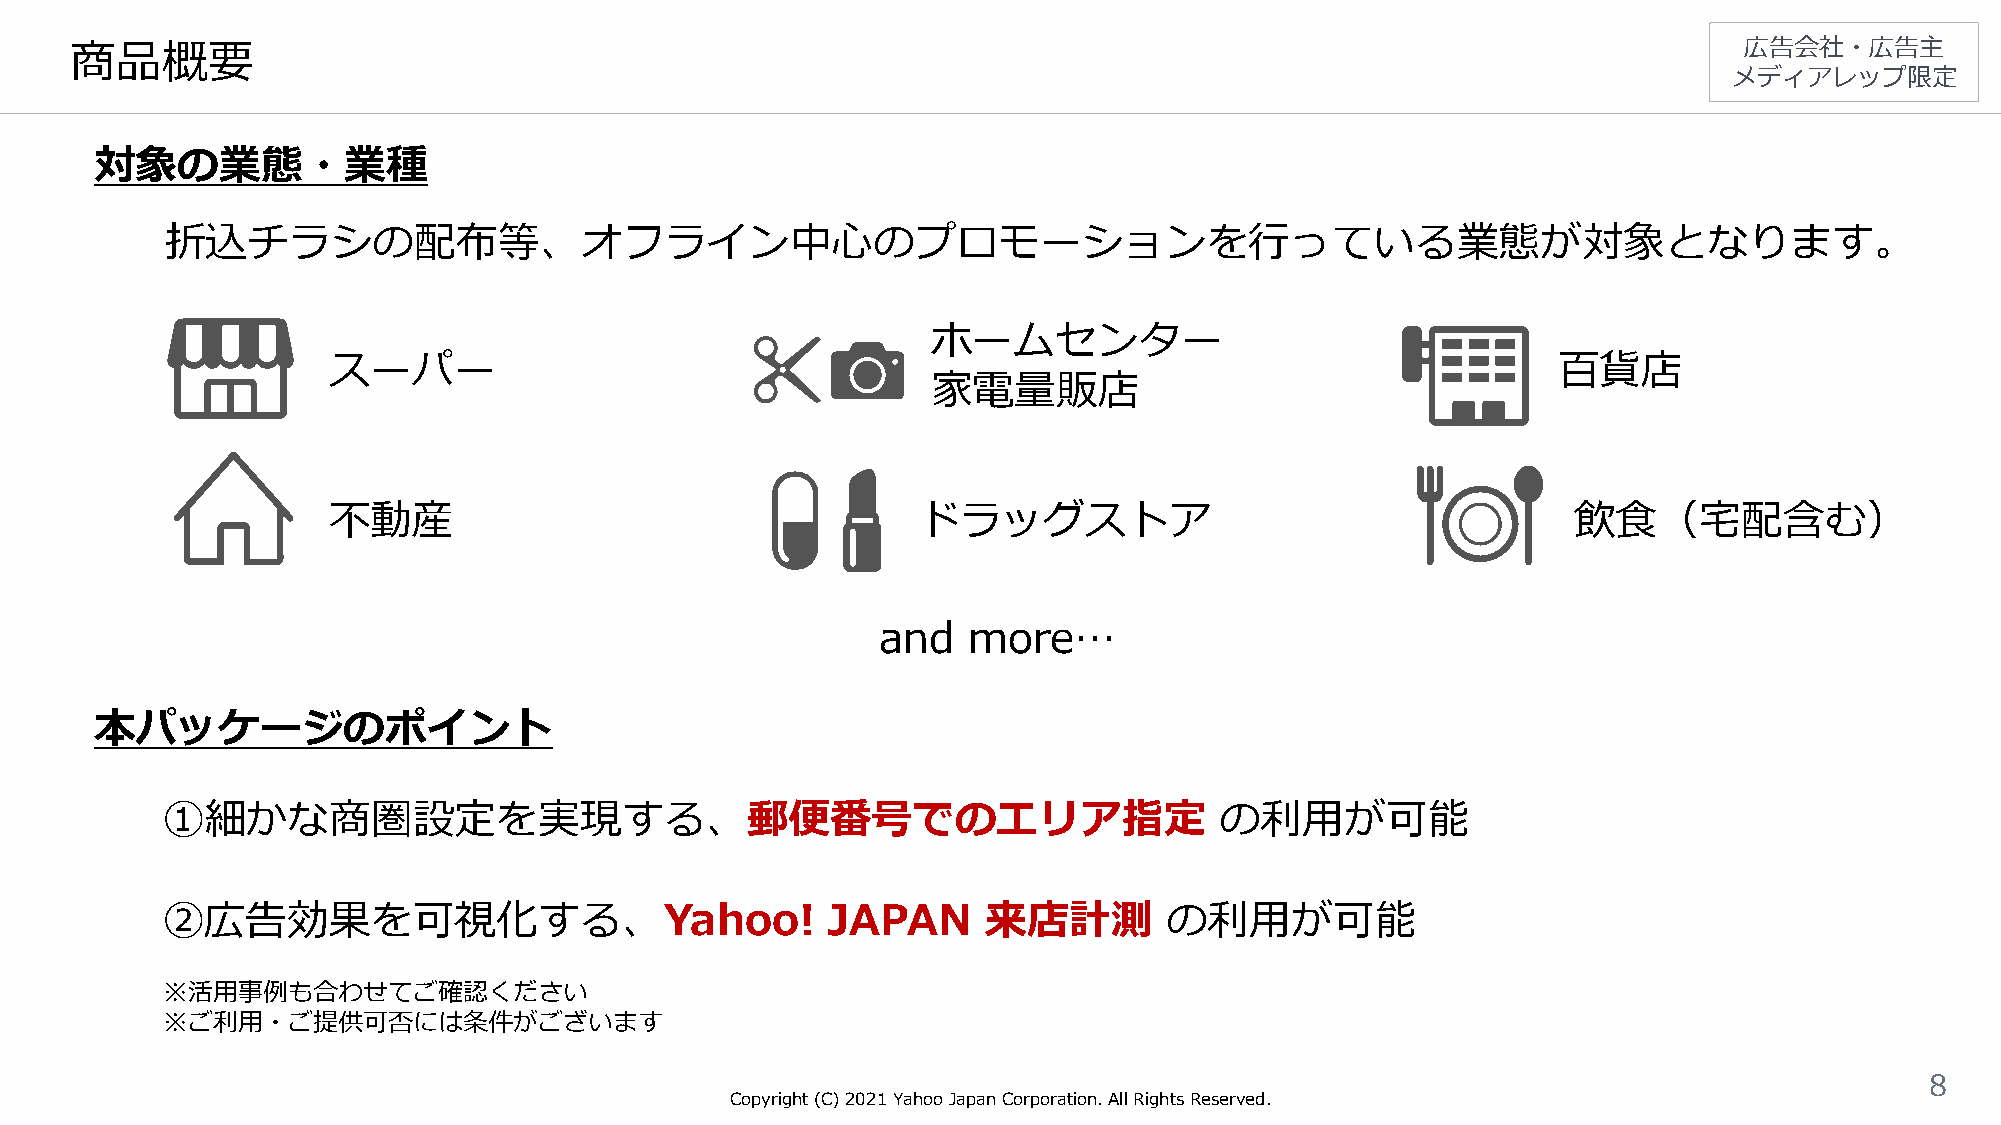
商品概要                                                                                                          広告会社・広告主
 メディアレップ限定
 対象の業態・業種
 折込チラシの配布等、オフライン中心のプロモーションを行っている業態が対象となります。
 ホームセンター
 スーパー                                                                             百貨店
 家電量販店
 不動産                                    ドラッグストア                                    飲食（宅配含む）
 and   more…
 本パッケージのポイント
 ①細かな商圏設定を実現する、郵便番号でのエリア指定                                             の利用が可能
 ②広告効果を可視化する、Yahoo!                          JAPAN     来店計測        の利用が可能
 ※活用事例も合わせてご確認ください
 ※ご利用・ご提供可否には条件がございます
 8
 Copyright (C)2021Yahoo Japan Corporation. All Rights Reserved.